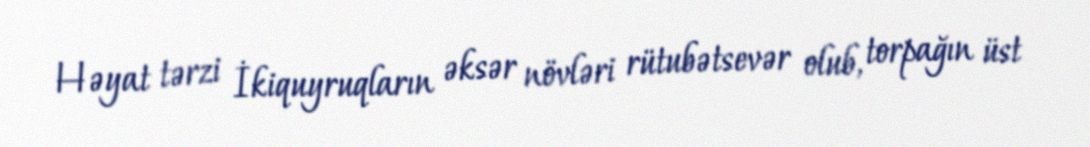
Həyat tərzi İkiquyruqların əksər növləri rütubətsevər olub, torpağın üst